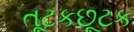
તૂટકછૂટક